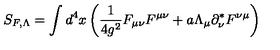
S _ { F , \Lambda } = \int d ^ { 4 } x \left( \frac { 1 } { 4 g ^ { 2 } } F _ { \mu \nu } F ^ { \mu \nu } + a \Lambda _ { \mu } \partial _ { \nu } ^ { * } F ^ { \nu \mu } \right)